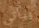
ويأتي